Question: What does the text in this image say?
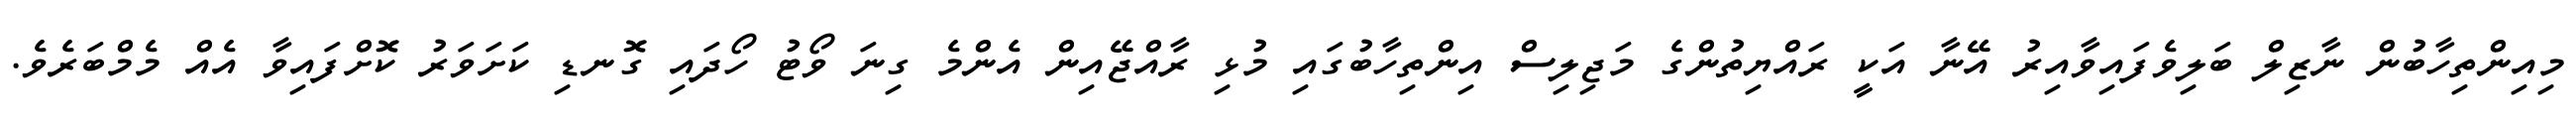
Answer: މިއިންތިހާބުން ނާޒިލް ބަލިވެފައިވާއިރު އޭނާ އަކީ ރައްޔިތުންގެ މަޖިލިސް އިންތިހާބުގައި މުޅި ރާއްޖޭއިން އެންމެ ގިނަ ވޯޓު ހޯދައި ގޮނޑި ކަށަވަރު ކޮށްފައިވާ އެއް މެމްބަރެވެ.